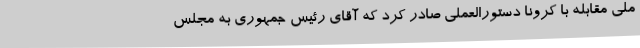
ملی مقابله با کرونا دستورالعملی صادر کرد که آقای رئیس جمهوری به مجلس